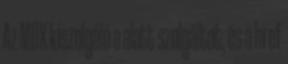
Az MDX kiszolgáló a alatt szolgáltat, és a href